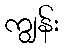
ကျွန်း